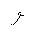
Letter: _waw